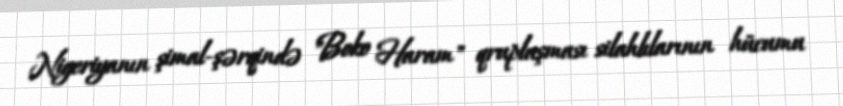
Nigeriyanın şimal-şərqində "Boko Haram" qruplaşması silahlılarının hücumu